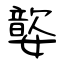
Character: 嬜